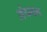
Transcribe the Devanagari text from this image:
अंधवन